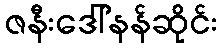
ဇနီးဒေါ်နန်ဆိုင်း